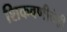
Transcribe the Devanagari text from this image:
शिकवणीचेही